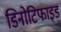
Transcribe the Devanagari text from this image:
डिनोटिफाइड